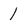
Character: l